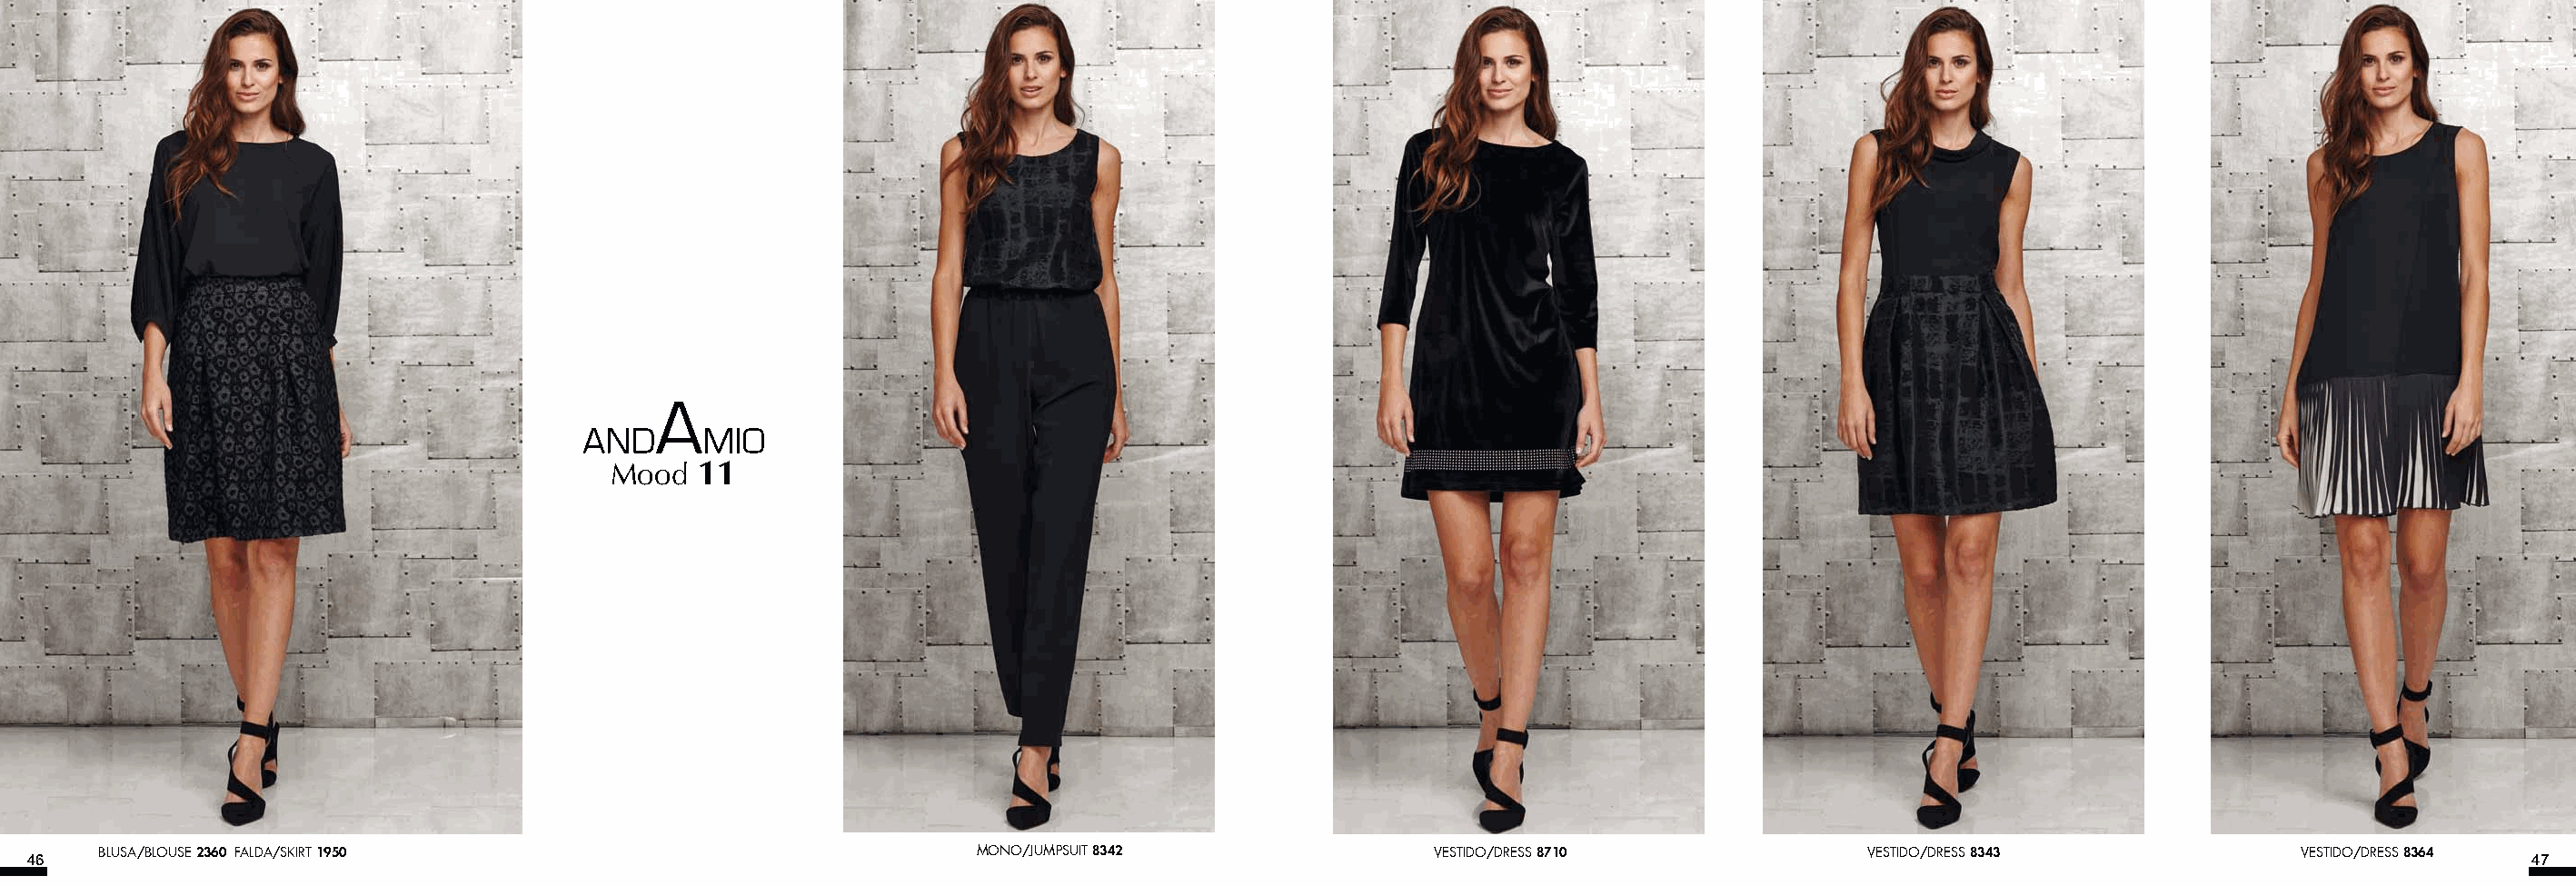
Mood  11
 BLUSA/BLOUSE 2360 FALDA/SKIRT 1950                              MONO/JUMPSUIT 8342               VESTIDO/DRESS 8710              VESTIDO/DRESS 8343              VESTIDO/DRESS 8364
 46                                                                                                                                                                                    47